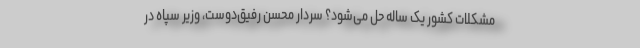
مشکلات کشور یک ساله‌ حل می‌شود؟ سردار محسن رفیق‌دوست، وزیر سپاه در